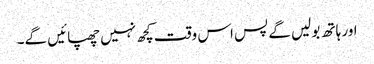
اور ہاتھ بولیں گے پس اس وقت کچھ نہیں چھپائیں گے۔